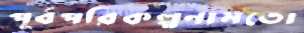
পূর্বপরিকল্পনামতো